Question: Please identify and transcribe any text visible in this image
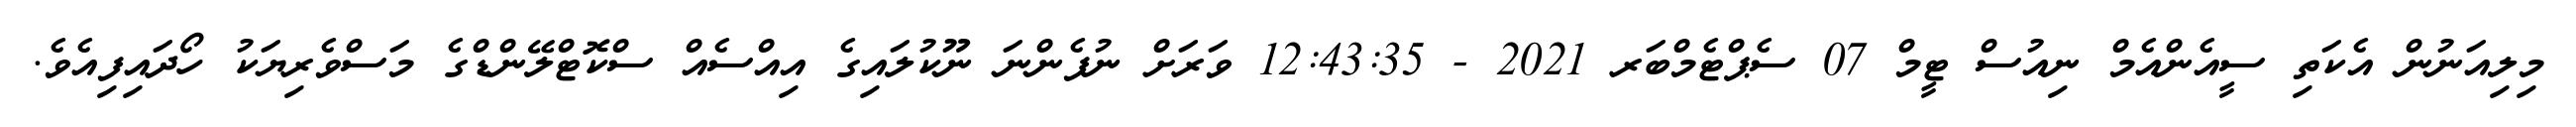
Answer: މިލިއަނުން އެކަތި ސީއެންއެމް ނިއުސް ޓީމް 07 ސެޕްޓެމްބަރ 2021 - 12:43:35 ވަރަށް ނުފެންނަ ނޫކުލައިގެ އިއްސެއް ސްކޮޓްލޭންޑްގެ މަސްވެރިޔަކު ހޯދައިފިއެވެ.